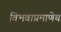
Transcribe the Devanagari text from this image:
विभवाप्रमाणेच